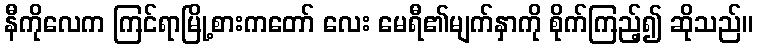
နီကိုလေက ကြင်ရာမြို့စားကတော် လေး မေရီ၏မျက်နှာကို စိုက်ကြည့်၍ ဆိုသည်။